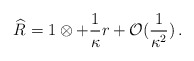
\begin{align*} \widehat{R} = 1 \otimes + \frac{1}{\kappa} r + {\cal O } (\frac{1}{\kappa^2})\, .\end{align*}